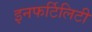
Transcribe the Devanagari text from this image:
इनफर्टिलिटी